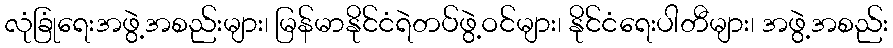
လုံခြုံရေးအဖွဲ့အစည်းများ၊ မြန်မာနိုင်ငံရဲတပ်ဖွဲ့ဝင်များ၊ နိုင်ငံရေးပါတီများ၊ အဖွဲ့အစည်း